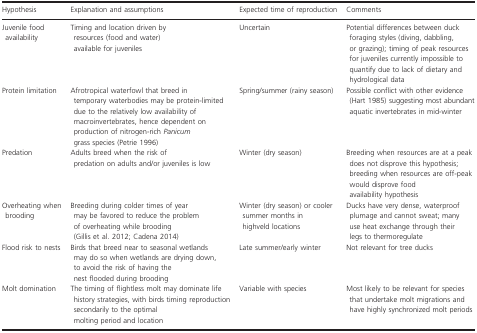
<table><thead><tr><td><b>Hypothesis</b></td><td><b>Explanation and assumptions</b></td><td><b>Expected time of reproduction</b></td><td><b>Comments</b></td></tr></thead><tbody><tr><td>Juvenile food availability</td><td>Timing and location driven by resources (food and water) available for juveniles</td><td>Uncertain</td><td>Potential differences between duck foraging styles (diving, dabbling, or grazing); timing of peak resources for juveniles currently impossible to quantify due to lack of dietary and hydrological data</td></tr><tr><td>Protein limitation</td><td>Afrotropical waterfowl that breed in temporary waterbodies may be protein‐limited due to the relatively low availability of macroinvertebrates, hence dependent on production of nitrogen‐rich <i>Panicum</i> grass species (Petrie 1996)</td><td>Spring/summer (rainy season)</td><td>Possible conflict with other evidence (Hart 1985) suggesting most abundant aquatic invertebrates in mid‐winter</td></tr><tr><td>Predation</td><td>Adults breed when the risk of predation on adults and/or juveniles is low</td><td>Winter (dry season)</td><td>Breeding when resources are at a peak does not disprove this hypothesis; breeding when resources are off‐peak would disprove food availability hypothesis</td></tr><tr><td>Overheating when brooding</td><td>Breeding during colder times of year may be favored to reduce the problem of overheating while brooding (Gillis et al. 2012; Cadena 2014)</td><td>Winter (dry season) or cooler summer months in highveld locations</td><td>Ducks have very dense, waterproof plumage and cannot sweat; many use heat exchange through their legs to thermoregulate</td></tr><tr><td>Flood risk to nests</td><td>Birds that breed near to seasonal wetlands may do so when wetlands are drying down, to avoid the risk of having the nest flooded during brooding</td><td>Late summer/early winter</td><td>Not relevant for tree ducks</td></tr><tr><td>Molt domination</td><td>The timing of flightless molt may dominate life history strategies, with birds timing reproduction secondarily to the optimal molting period and location</td><td>Variable with species</td><td>Most likely to be relevant for species that undertake molt migrations and have highly synchronized molt periods</td></tr></tbody></table>